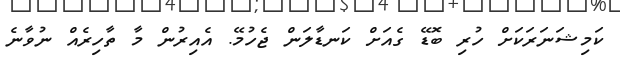
ކަމިޝަނަރަކަށް ހުރި ބޮޑޭ ގެއަށް ކަނޑާލަން ޖެހުމޭ. އެއިރުން މާ ތާހިރެއް ނުވާނެ